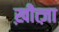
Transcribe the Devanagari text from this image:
ख़ीत्ज़ा